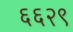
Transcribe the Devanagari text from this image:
६६२९